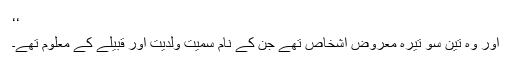
‘‘
اور وہ تین سو تیرہ معروض اشخاص تھے جن کے نام سمیت ولدیت اور قبیلے کے معلوم تھے۔